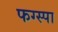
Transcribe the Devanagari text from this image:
फग्स्पा